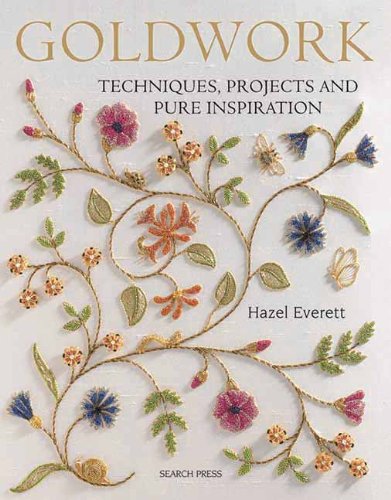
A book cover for Goldwork: Techniques, Projects and Pure Inspiration; Hazel Everett; Crafts, Hobbies & Home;